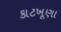
કાટખૂણા